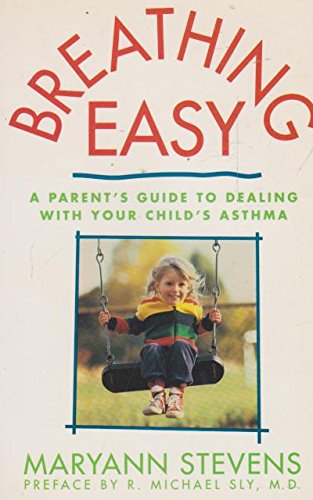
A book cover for Breathing Easy: A Parent's Guide to Dealing With Your Child's Asthma; Maryann Stevens; Health, Fitness & Dieting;